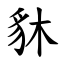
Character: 䝗